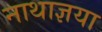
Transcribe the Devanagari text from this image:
नाथाज्ञया